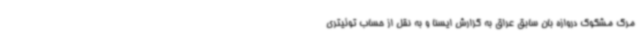
مرگ مشکوک دروازه بان سابق عراق به گزارش ایسنا و به نقل از حساب توئیتری